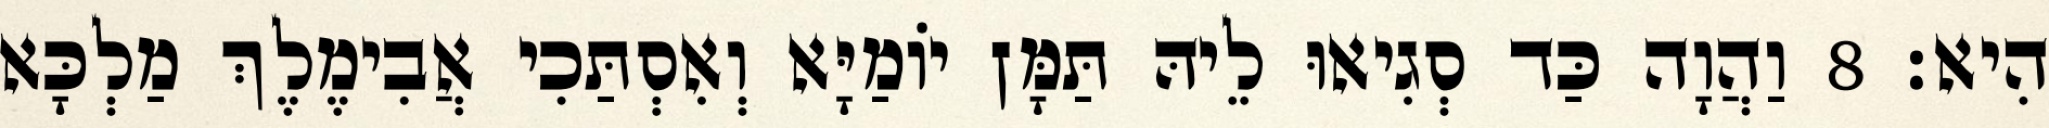
הִיא׃ 8 וַהֲוָה כַּד סְגִיאוּ לֵיהּ תַּמָּן יוֹמַיָּא וְאִסְתַּכִי אֲבִימֶלֶךְ מַלְכָּא